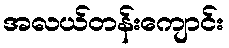
အလယ်တန်းကျောင်း